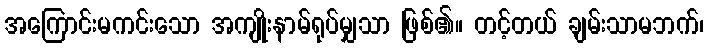
အကြောင်းမကင်းသော အကျိုးနာမ်ရုပ်မျှသာ ဖြစ်၏။ တင့်တယ် ချမ်းသာမဘက်၊